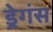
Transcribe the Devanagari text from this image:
ड्रेगंस